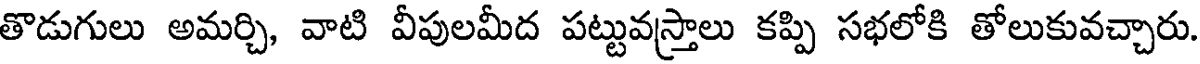
తొడుగులు అమర్చి, వాటి వీపులమీద పట్టువస్త్రాలు కప్పి సభలోకి తోలుకువచ్చారు.